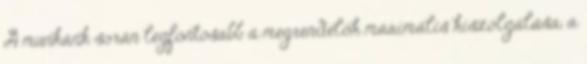
A munkánk során legfontosabb a megrendelôk maximális kiszolgálása, a